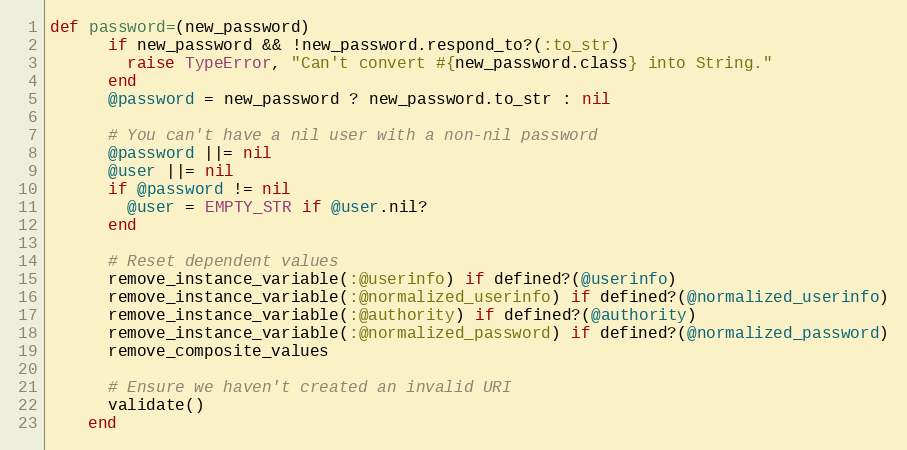
Language: Ruby
def password=(new_password)
      if new_password && !new_password.respond_to?(:to_str)
        raise TypeError, "Can't convert #{new_password.class} into String."
      end
      @password = new_password ? new_password.to_str : nil

      # You can't have a nil user with a non-nil password
      @password ||= nil
      @user ||= nil
      if @password != nil
        @user = EMPTY_STR if @user.nil?
      end

      # Reset dependent values
      remove_instance_variable(:@userinfo) if defined?(@userinfo)
      remove_instance_variable(:@normalized_userinfo) if defined?(@normalized_userinfo)
      remove_instance_variable(:@authority) if defined?(@authority)
      remove_instance_variable(:@normalized_password) if defined?(@normalized_password)
      remove_composite_values

      # Ensure we haven't created an invalid URI
      validate()
    end